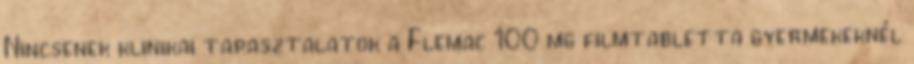
Nincsenek klinikai tapasztalatok a Flemac 100 mg filmtabletta gyermekeknél